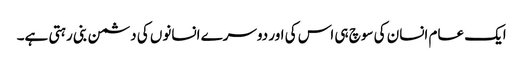
ایک عام انسان کی سوچ ہی اس کی اور دوسرے انسانوں کی دشمن بنی رہتی ہے۔